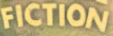
FICTION